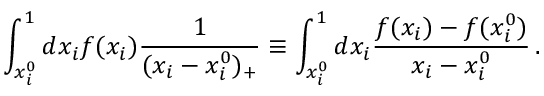
\int _ { x _ { i } ^ { 0 } } ^ { 1 } d x _ { i } f ( x _ { i } ) \frac { 1 } { ( x _ { i } - x _ { i } ^ { 0 } ) _ { + } } \equiv \int _ { x _ { i } ^ { 0 } } ^ { 1 } d x _ { i } \frac { f ( x _ { i } ) - f ( x _ { i } ^ { 0 } ) } { x _ { i } - x _ { i } ^ { 0 } } \, .